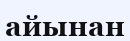
айынан